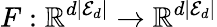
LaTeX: F:\mathbb{R}^{d|\mathcal{E}_{d}|}\rightarrow\mathbb{R}^{d|\mathcal{E}_{d}|}